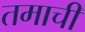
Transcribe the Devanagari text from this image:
तमाची